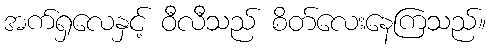
အက်ရှလေနှင့် ဝီလီသည် စိတ်လေးနေကြသည်။